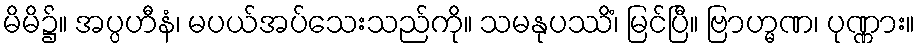
မိမိ၌။ အပ္ပဟီနံ၊ မပယ်အပ်သေးသည်ကို။ သမနုပဿိံ၊ မြင်ပြီ။ ဗြာဟ္မဏ၊ ပုဏ္ဏား။